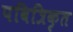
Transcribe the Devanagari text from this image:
पवित्रिकृत